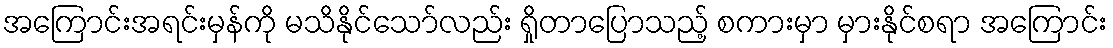
အကြောင်းအရင်းမှန်ကို မသိနိုင်သော်လည်း ရှိုတာပြောသည့် စကားမှာ မှားနိုင်စရာ အကြောင်း